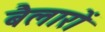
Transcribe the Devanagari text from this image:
बैलारों